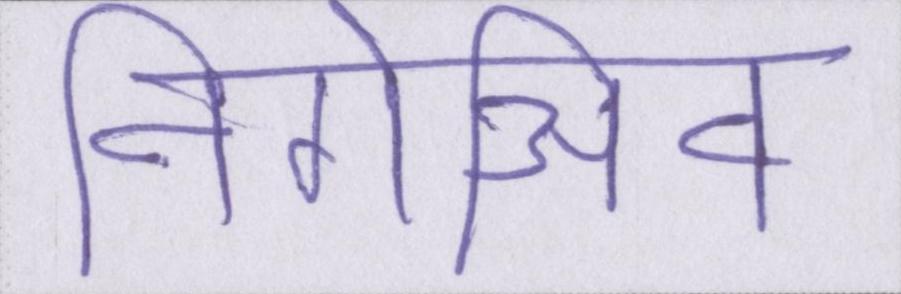
निगेअिव